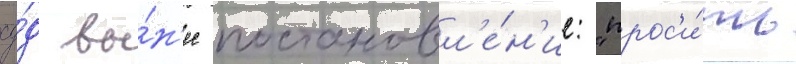
су́д вы́н'ес постановл'е́н'ие: "прос'и́ть